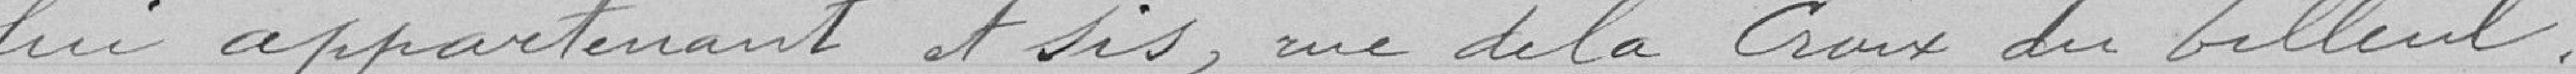
lui appartenant et sis, rue de La Croix du Tilleul.